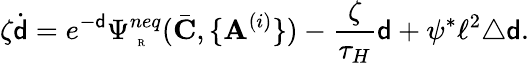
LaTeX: \zeta\dot{{\mathsf{d}}}=e^{-{\mathsf{d}}}\Psi_{\mathrm{~\tiny~R~}}^{neq}(\bar{\mathbf{C}},\{ \mathbf{A}^{(i)}\} )-\frac{\zeta}{\tau_{H}}{\mathsf{d}}+\psi^{*}\ell^{2}\triangle{\mathsf{d}}.